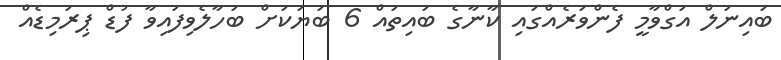
ބައިނަލް އަގްވާމީ ފެންވަރެއްގައި ކާނާގެ ބައިތައް 6 ބަޔަކަށް ބަހާލެވިފައިވާ ފުޑް ޕިރަމިޑެއް